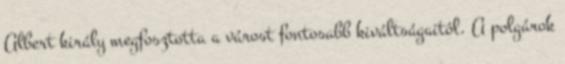
Albert király megfosztotta a várost fontosabb kiváltságaitól. A polgárok